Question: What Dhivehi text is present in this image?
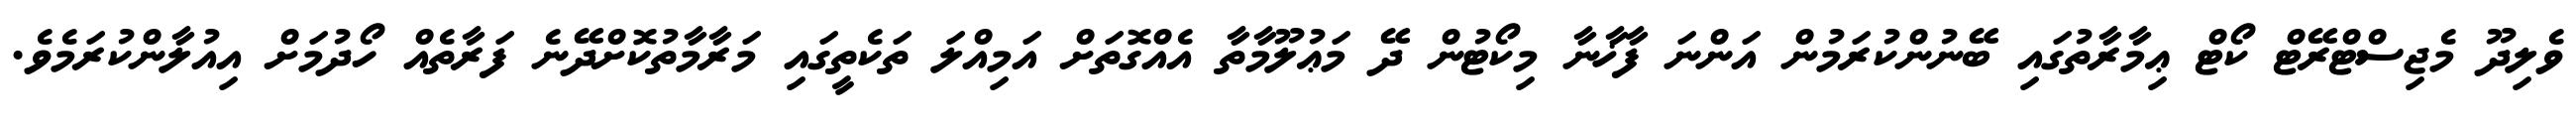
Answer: ވެލިދޫ މެޖިސްޓްރޭޓް ކޯޓް ޢިމާރާތުގައި ބޭނުންކުރަމުން އަންނަ ފާޚާނާ މިކޯޓުން ދޭ މަޢުލޫމާތާ އެއްގޮތަށް އަމިއްލަ ތަކެތީގައި މަރާމާތުކޮށްދޭނެ ފަރާތެއް ހޯދުމަށް އިއުލާންކުރަމެވެ.